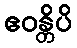
ဧဝန္တိပိ